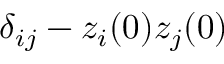
\delta _ { i j } - z _ { i } ( 0 ) z _ { j } ( 0 )